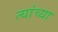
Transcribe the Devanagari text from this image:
त्यांच्या